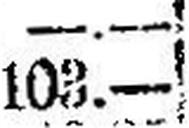
103.—